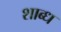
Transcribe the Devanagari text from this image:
शाब्ध